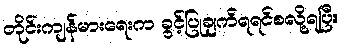
တိုင်းကျန်မားရေးက ခွင့်ပြုချက်ရရင်စလို့ရပြီ။